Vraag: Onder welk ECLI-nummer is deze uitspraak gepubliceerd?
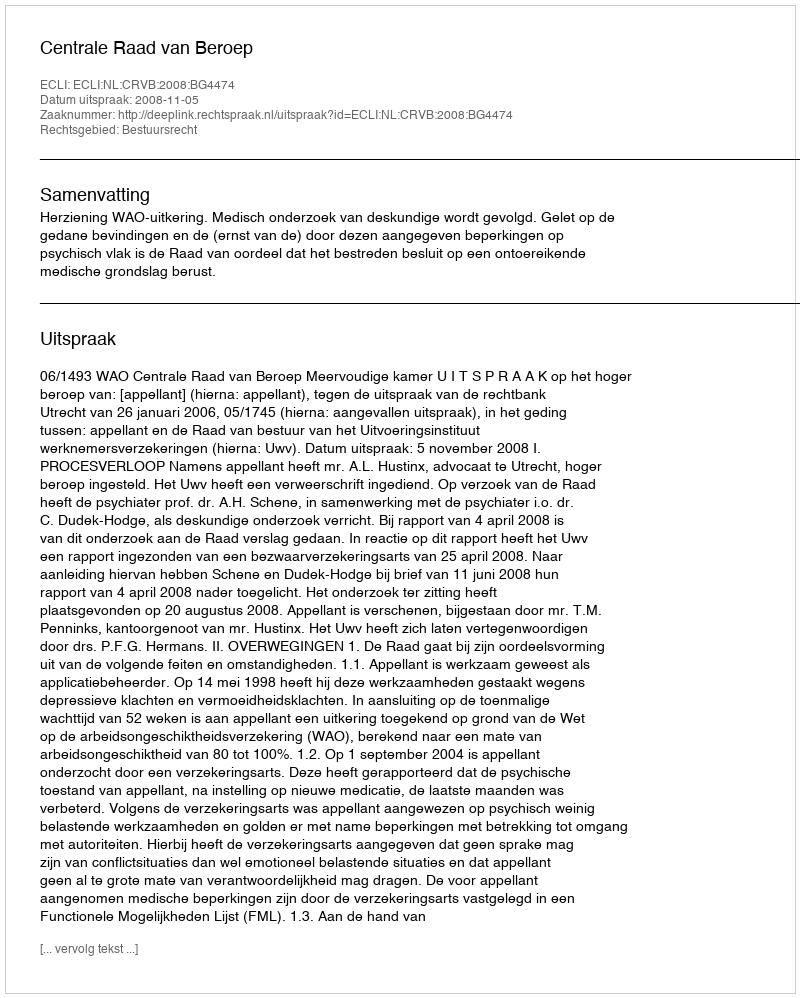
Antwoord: ECLI:NL:CRVB:2008:BG4474